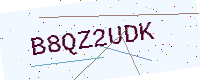
Text: B8QZ2UDK